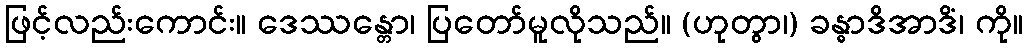
ဖြင့်လည်းကောင်း။ ဒေဿန္တော၊ ပြတော်မူလိုသည်။ (ဟုတွာ၊) ခန္ဓာဒိအာဒိံ၊ ကို။